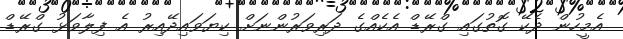
އެމީހުން ދެކޭ ގޮތުގައި ގްރޭޑް އެކެއްގެ ދަރިވަރުންނަށް ކިޔަވައިދޭއިރު އެ ފިލާވަޅު ގްރޭޑް